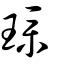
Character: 璞